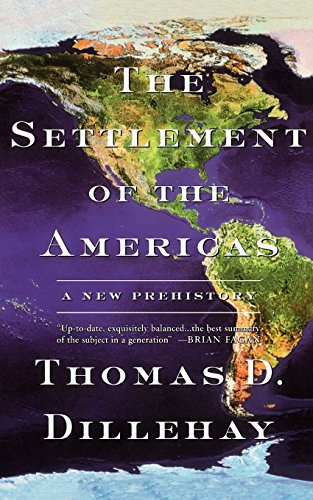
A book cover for The Settlement of the Americas: A New Prehistory; Thomas D. Dillehay; History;